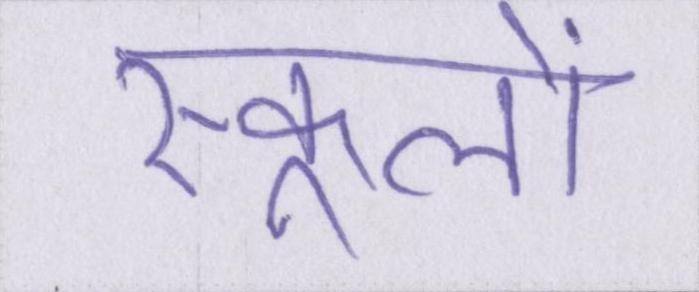
स्कूलों